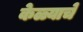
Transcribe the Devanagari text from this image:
केळ्याचे